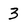
Character: 3